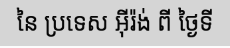
នៃ ប្រទេស អ៊ីរ៉ង់ ពី ថ្ងៃទី